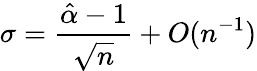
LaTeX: \sigma={\frac{{\hat{\alpha}}-1}{\sqrt{n}}}+O(n^{-1})